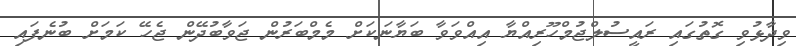
ވިދާޅުވި ގޮތުގައި ރައީސުލްޖުމްހޫރިއްޔާ އިއްވަވާ ބަޔާނަކަށް މެމްބަރުން ޖަވާބުދޭން ޖެހޭ ކަމަށް ބުނެފައި